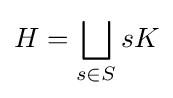
H=\bigsqcup _{s\in S}sK